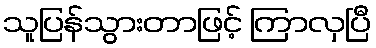
သူပြန်သွားတာဖြင့် ကြာလှပြီ